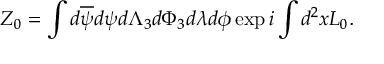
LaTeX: Z _ { 0 } = \int d \overline { { { \psi } } } d \psi d { \Lambda } _ { 3 } d \Phi _ { 3 } d \lambda d \phi \exp i \int d ^ { 2 } x { \cal L } _ { 0 } .